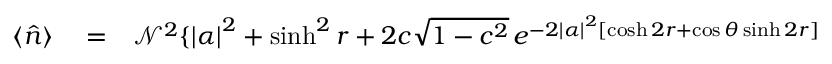
\begin{array} { r l r } { \langle \hat { n } \rangle } & { { } = } & { \mathcal { N } ^ { 2 } \{ \left| \alpha \right| ^ { 2 } + \sinh ^ { 2 } r + 2 c \sqrt { 1 - c ^ { 2 } } \, e ^ { - 2 \left| \alpha \right| ^ { 2 } \left[ \cosh 2 r + \cos \theta \sinh 2 r \right] } } \end{array}